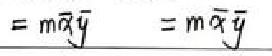
$= m \overline{x} \overline{y} = m \overline{x} \overline{y}$